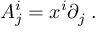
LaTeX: A _ { j } ^ { i } = x ^ { i } \partial _ { j } \; .